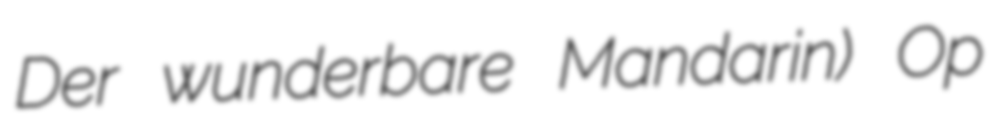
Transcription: Der wunderbare Mandarin) Op